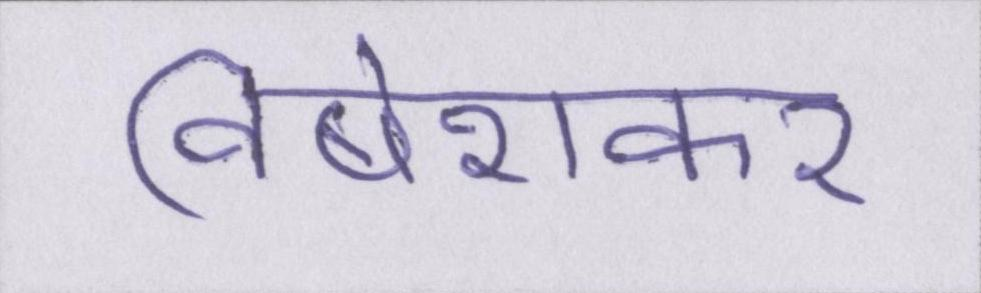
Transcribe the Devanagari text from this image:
विषेशकर